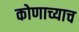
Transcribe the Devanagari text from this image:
कोणाच्याच